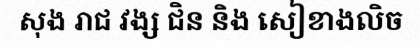
សុង រាជ វង្ស ជិន និង សៀខាងលិច